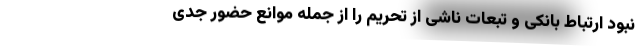
نبود ارتباط بانکی و تبعات ناشی از تحریم را از جمله موانع حضور جدی